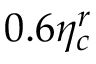
0 . 6 \eta _ { c } ^ { r }